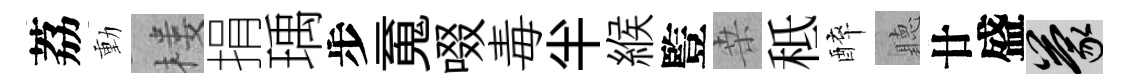
荔動楼捐瑀步䰟啜毒半緱䜿桒秪醉聽廿盛蒙